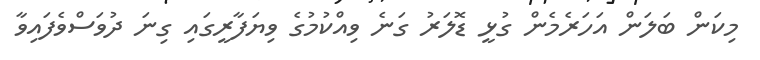
މިކަން ބަލަން އަހަރެމެން ގުޅީ ޑޮލަރު ގަނެ ވިއްކުމުގެ ވިޔަފާރީގައި ގިނަ ދުވަސްވެފައިވާ